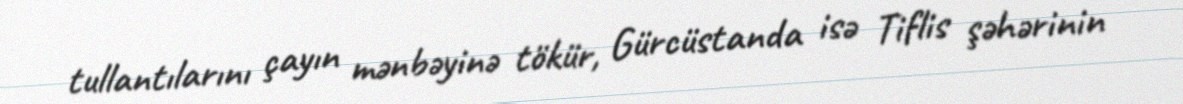
tullantılarını çayın mənbəyinə tökür, Gürcüstanda isə Tiflis şəhərinin